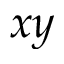
x y